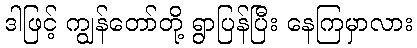
ဒါဖြင့် ကျွန်တော်တို့ ရွာပြန်ပြီး နေကြမှာလား